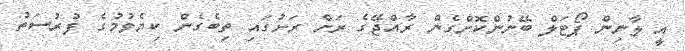
އީ ލާނިން ޕޯޓަލް ބޭނުންކޮށްގެން ރާއްޖޭގެ ރަށް ރަށުގައި ތިބެގެން ކިޔެވުމުގެ ފުރުސަތު